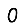
Digit: 0